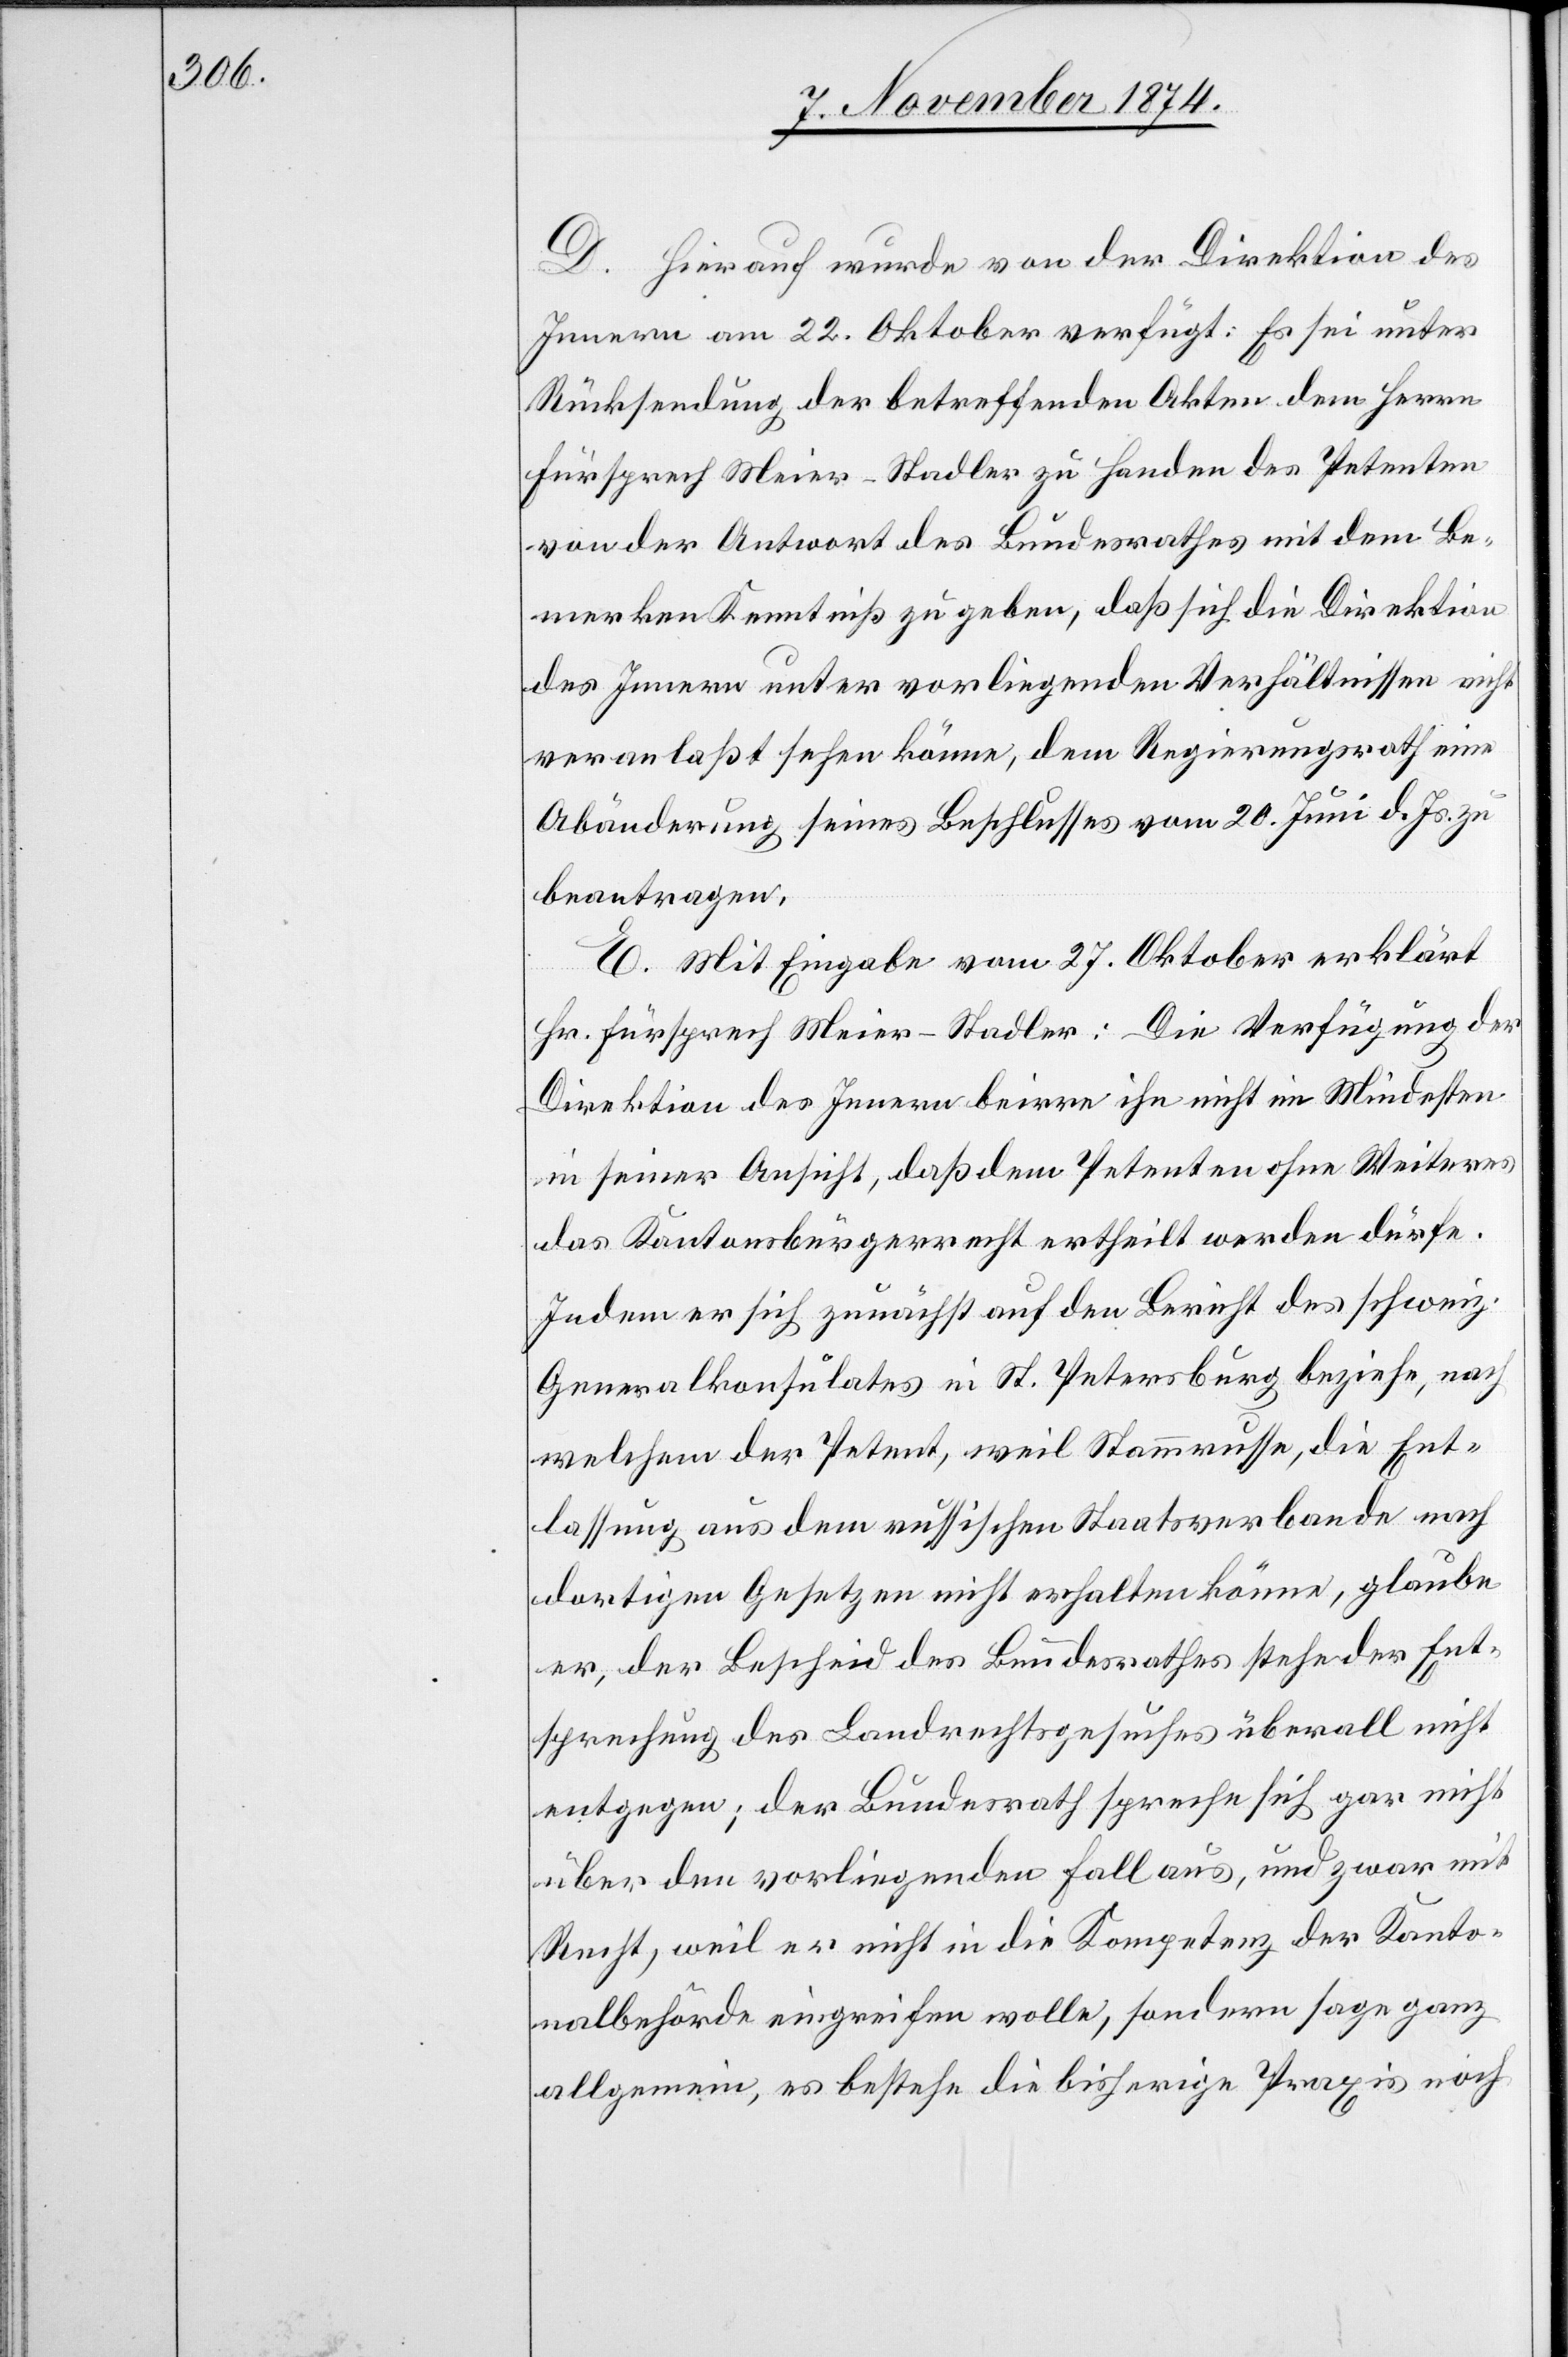
D. Hierauf wurde von der Direktion des
Innern am 22. Oktober verfügt: Es sei unter
Rücksendung der betreffenden Akten dem Herrn
Fürsprech Meier-Stadler zu Handen des Petenten
von der Antwort des Bundesrathes mit dem Be¬
merken Kenntniß zu geben, daß sich die Direktion
des Innern unter vorliegenden Verhältnissen nicht
veranlaßt sehen könne, dem Regierungsrath eine
Abänderung seines Beschlusses vom 20. Juni d. Js. zu
beantragen.
E. Mit Eingabe vom 27. Oktober erklärt
Hr. Fürsprech Meier-Stadler: Die Verfügung der
Direktion des Innern beirre ihn nicht im Mindesten
in seiner Ansicht, daß dem Petenten ohne Weiteres
das Kantonsbürgerrecht ertheilt werden dürfe.
Indem er sich zunächst auf den Bericht des schweiz.
Generalkonsulates in St. Petersburg beziehe, nach
welchem der Petent, weil Stammrusse, die Ent¬
lassung aus dem russischen Staatsverbande nach
dortigen Gesetzen nicht erhalten könne, glaube
er, der Bescheid des Bundesrathes stehe der Ent¬
sprechung des Landrechtsgesuches überall nicht
entgegen; der Bundesrath spreche sich gar nicht
über den vorliegenden Fall aus, und zwar mit
Recht, weil er nicht in die Kompetenz der Kanto¬
nalbehörde eingreifen wolle, sondern sage ganz
allgemein, es bestehe die bisherige Praxis noch